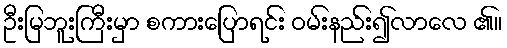
ဦးမြဘူးကြီးမှာ စကားပြောရင်း ဝမ်းနည်း၍လာလေ ၏။